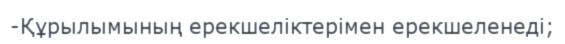
-Құрылымының ерекшеліктерімен ерекшеленеді;